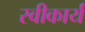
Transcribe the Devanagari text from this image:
स्‍वीकार्य